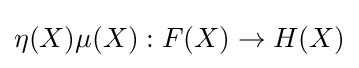
\eta (X)\mu (X):F(X)\to H(X)